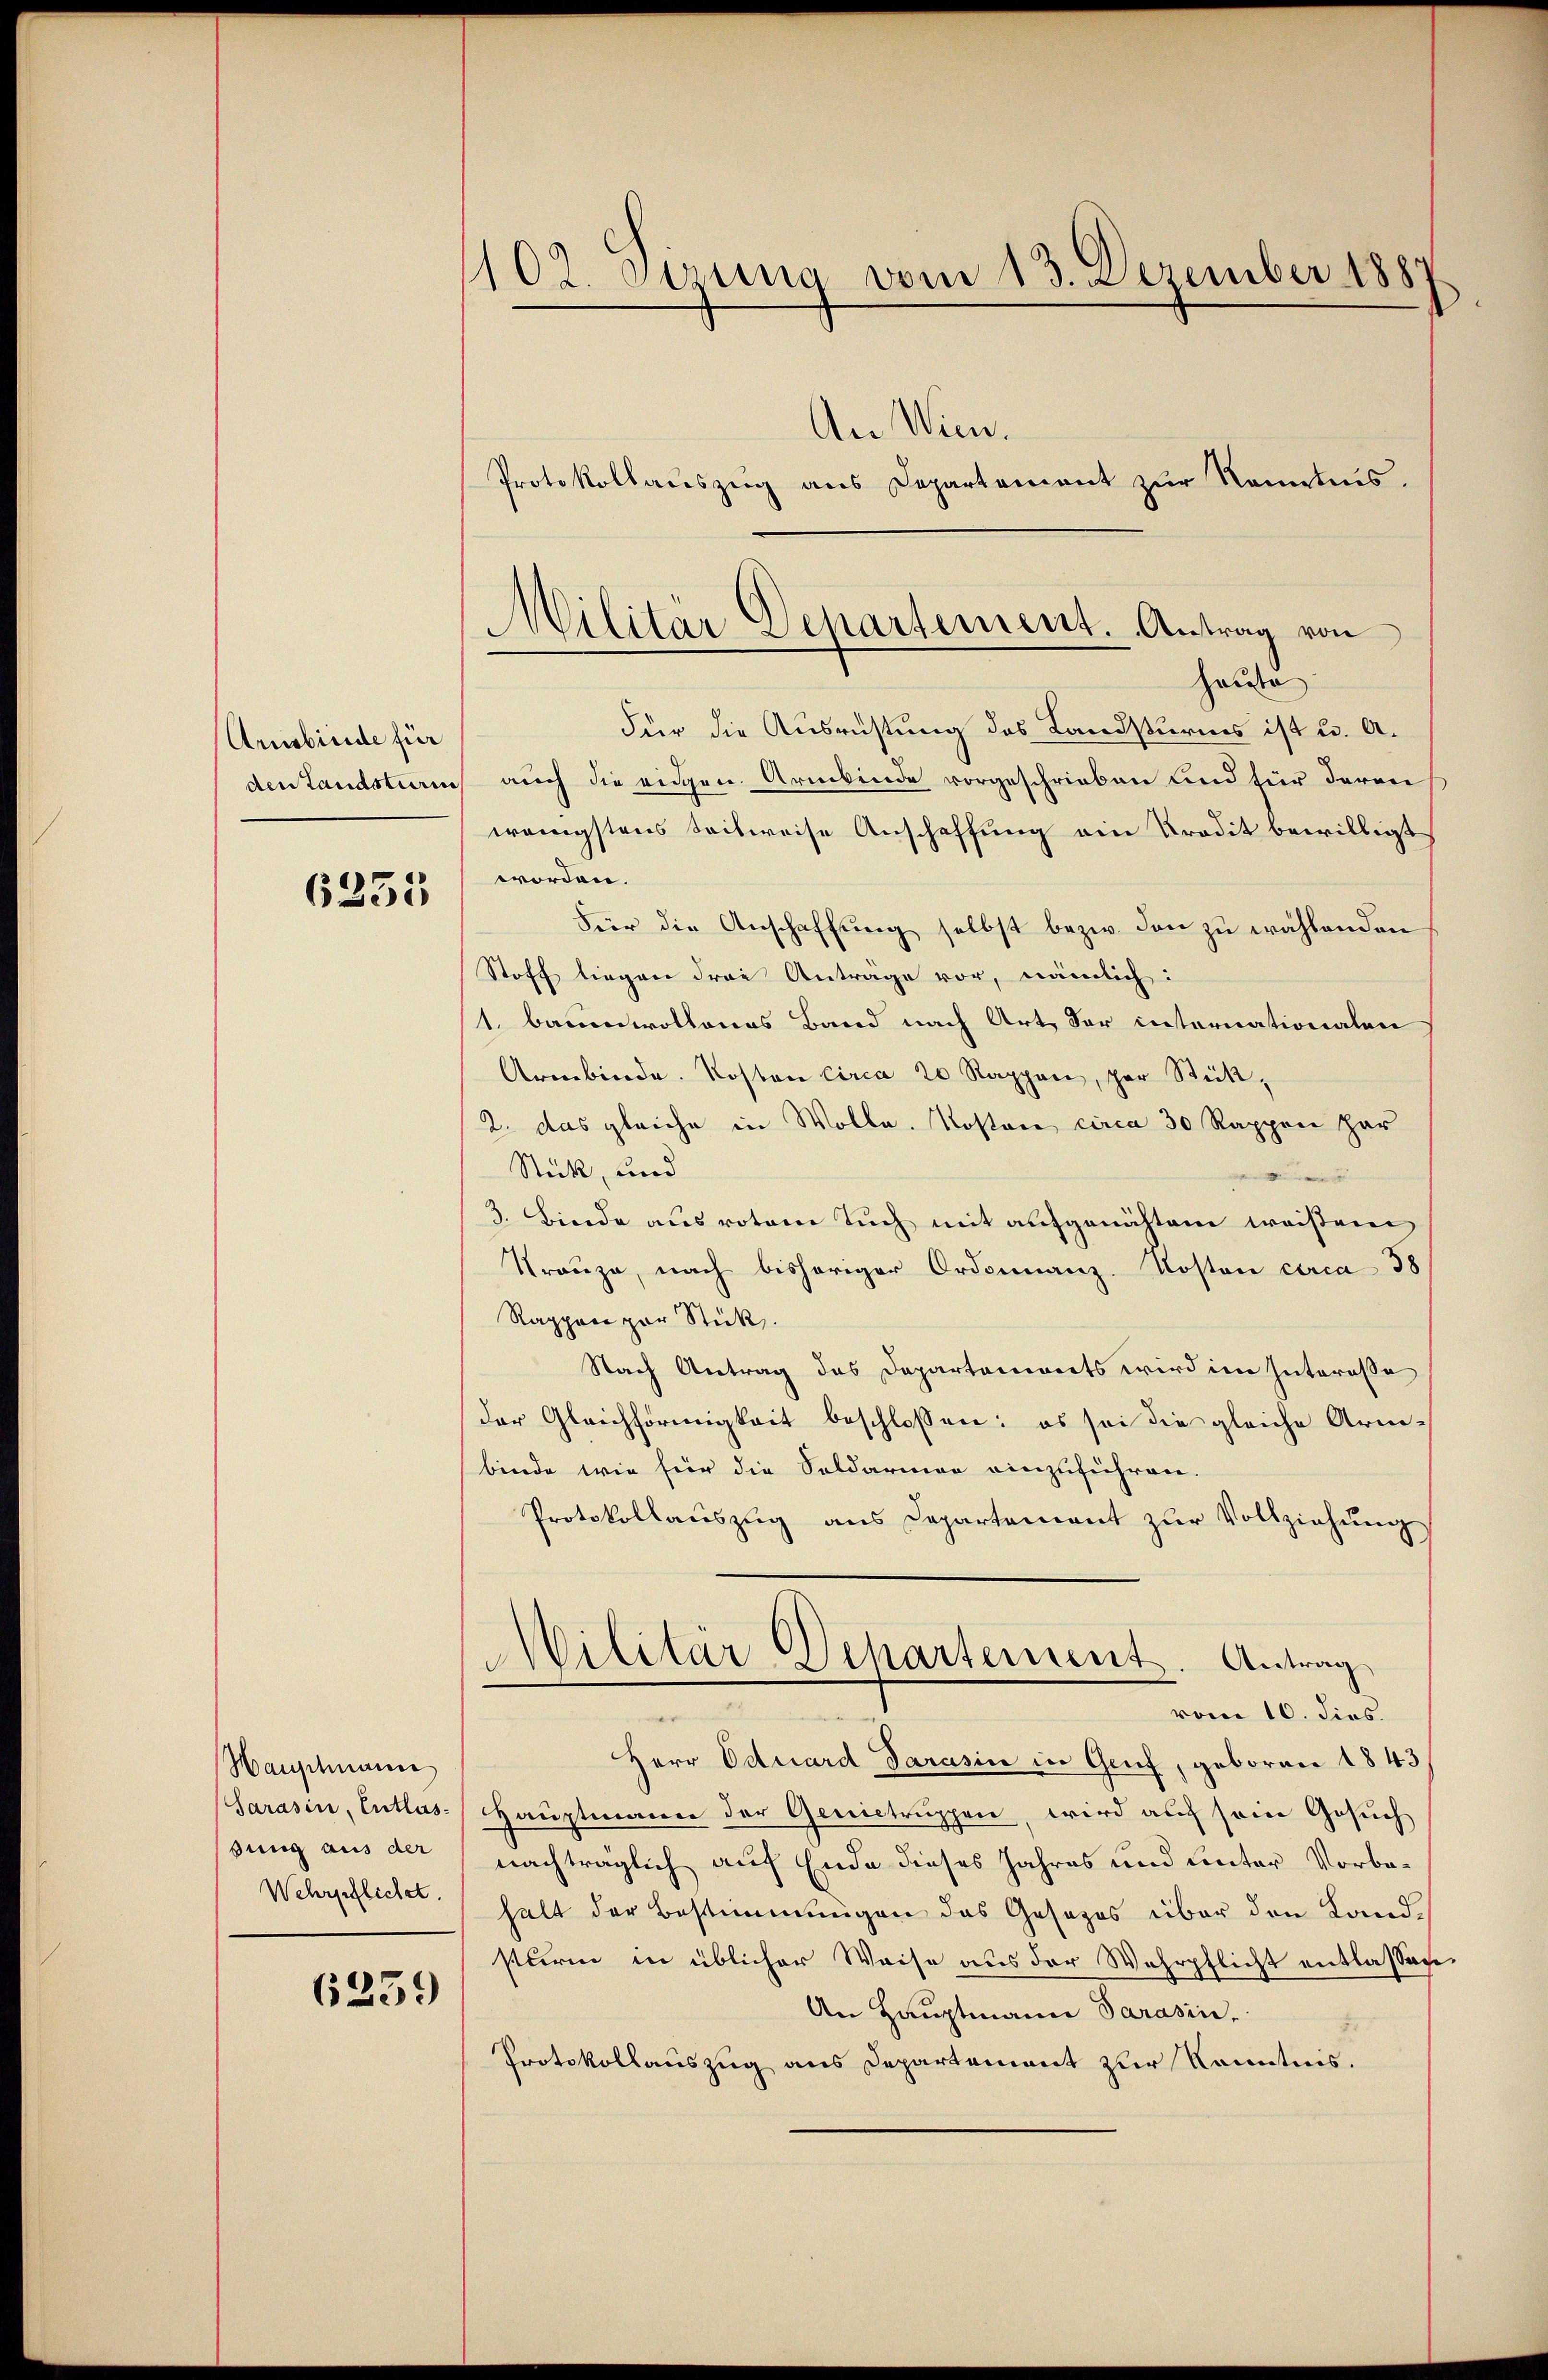
Arnbinde für
den Landstiren

6235

Wanschmann
Sarasin, Entlassung aus der
Wehrpflichet.

6239

1102. Sizung vom 13. Dezember 188
.
An Wien.
Protokollauszug aus Departement zur Kenntnis.

Militär Departement. Antrag von
haute

Für die Ausrüstung des Landsturms ist u. A.
auch die eidgen. Armbende vorgeschrieben und für deren
wenigstens seitweise Anschaffung ein Predit bewilligt
worden.
Für die Anschaffung selbst bezw. den zu wählenden
Stoff liegen drei Antrage vor, nämlich:
1. Baumwollenes Band nach Art, der internationalen
Armbierde. Kosten Circa 20 Rappan, per Stück,
2. das gleiche in Wolle. Kosten circa 30 Rappen har
Stück, und
3. Binde aus rotem Tuch mit aufgenähtem weisen
Trauze, nach bisheriger Ordonnanz-Kosten circa 38
Rappen par Stick.
Nach Antrag des Departements wird im Interesse
der Gleichförmigkeit beschlossen: es sei die gleiche Arm-
binde wie für die Soldarmer einzuführen.
Protokollauszug aus Departement zur Vollziehung
MMilitär- Dchartement. Antrag
vom 10. dies.
Herr Eduard Sarasin in Genf, geboren 1843
HHauptmann der Genictruppen, wird auch sein Gesuch
nachträglich auf Ende dieses Jahres und unter Vorbehalt der Bestimmungen das Gesezes über den Landsturm in üblicher Weise aus der Wehrpflicht entlassen
An Hauptmann Sarasin,
Protokollauszug aus Departement zur Kenntnis.